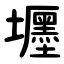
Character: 壥